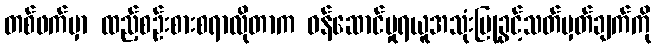
တစ်ဖက်မှာ ထည့်စဉ်းစားစရာလိုတာက ဝန်ဆောင်မှုရယူအသုံးပြုခွင့်သတ်မှတ်ချက်ကို